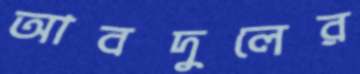
আবদুলের